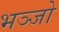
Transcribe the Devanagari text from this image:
भञ्जो